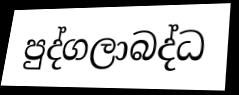
පුද්ගලාබද්ධ